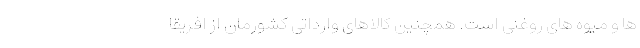
ها و میوه های روغنی است. همچنین کالاهای وارداتی کشورمان از افریقا